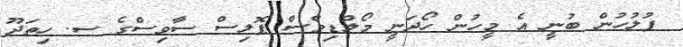
ފުލުހުން ބުނީ އެ މީހުން ހޯދަނީ މޯލްޑިވްސް ޕޮލިސް ސާވިސްގެ ސ. ހިތަދޫ